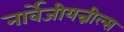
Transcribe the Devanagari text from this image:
नार्वेजीयन्नील्स